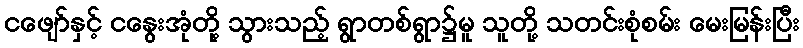
ငဖျော်နှင့် ငနွေးအုံတို့ သွားသည့် ရွာတစ်ရွာ၌မူ သူတို့ သတင်းစုံစမ်း မေးမြန်းပြီး